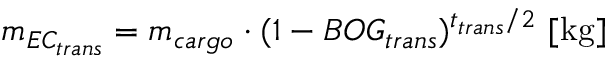
m _ { E C _ { t r a n s } } = m _ { c a r g o } \cdot ( 1 - B O G _ { t r a n s } ) ^ { t _ { t r a n s } / 2 } \ [ \mathrm { k g } ]